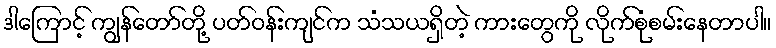
ဒါကြောင့် ကျွန်တော်တို့ ပတ်ဝန်းကျင်က သံသယရှိတဲ့ ကားတွေကို လိုက်စုံစမ်းနေတာပါ။